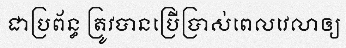
ជាប្រព័ន្ធ ត្រូវបានប្រើប្រាស់ពេលវេលាឲ្យ